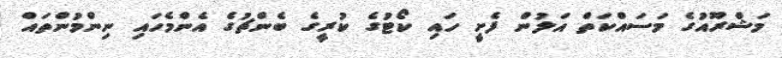
މަޝްރޫއުގެ މަސައްކަތް އަލުން ފެށީ ހައި ކޯޓުގެ ކުރީގެ ބެންޗުގެ އެންމެހައި ނިންމުންތައް